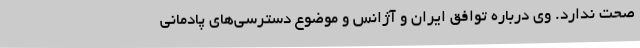
صحت ندارد. وی درباره توافق ایران و آژانس و موضوع دسترسی‌های پادمانی